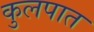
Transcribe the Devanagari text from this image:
कुलपात